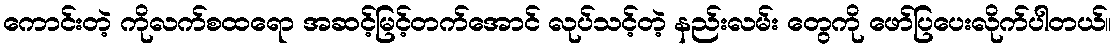
ကောင်းတဲ့ ကိုလက်စထရော အဆင့်မြင့်တက်အောင် လုပ်သင့်တဲ့ နည်းလမ်း တွေကို ဖော်ပြပေးလိုက်ပါတယ်။